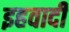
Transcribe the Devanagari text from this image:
इहवादी